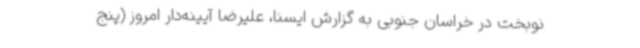
نوبخت در خراسان جنوبی به گزارش ایسنا، علیرضا آیینه‌دار امروز (پنج